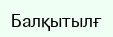
Балқытылғ